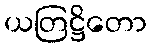
ယတြဋ္ဌိတော